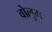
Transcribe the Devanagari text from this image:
वोलुम